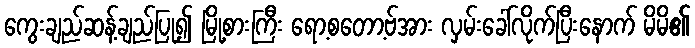
ကွေးချည်ဆန့်ချည်ပြု၍ မြို့စားကြီး ရော့စတော့ဗ်အား လှမ်းခေါ်လိုက်ပြီးနောက် မိမိ၏